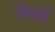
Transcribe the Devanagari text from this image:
विएर्द